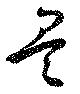
矣